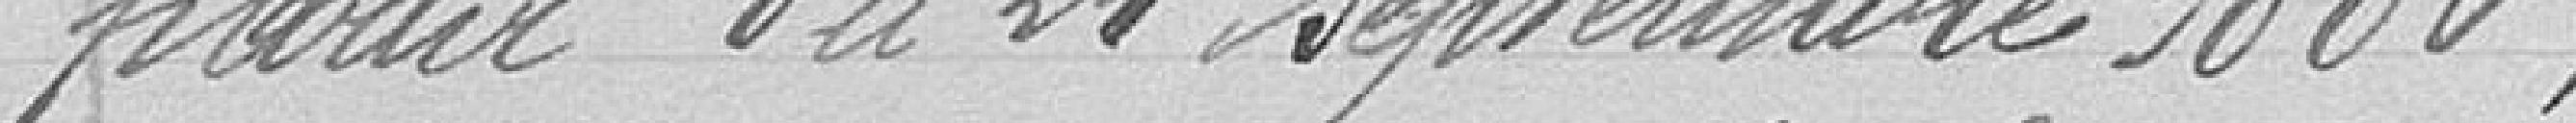
partir du 21 septembre 1886.